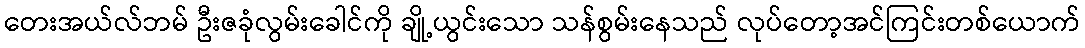
တေးအယ်လ်ဘမ် ဦးဇခုံလွမ်းခေါင်ကို ချို့ယွင်းသော သန်စွမ်းနေသည် လုပ်တော့အင်ကြင်းတစ်ယောက်